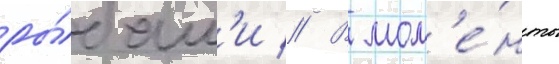
ры́бам'и // В мом'е́нты